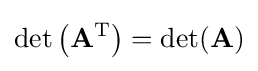
\det \left(\mathbf {A} ^{\text{T}}\right)=\det(\mathbf {A} )